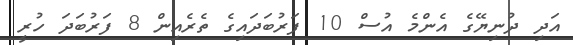
އަދި ދުނިޔޭގެ އެންމެ އުސް 10 ފަރުބަދައިގެ ތެރެއިން 8 ފަރުބަދަ ހުރީ